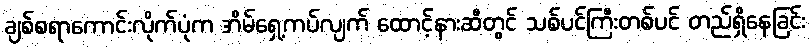
ချစ်စရာကောင်းလိုက်ပုံက အိမ်ရှေ့ကပ်လျက် ထောင့်နားဆီတွင် သစ်ပင်ကြီးတစ်ပင် တည်ရှိနေခြင်း